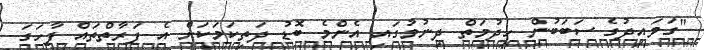
"ގަވައިދުގެ ސަބަބުން ހިދުމަތް ދިނުމުގައި އެންމެ ބޮޑު ދަތިކަމަކަށް އެ ފަރާތްތައް ފާހަގަ